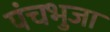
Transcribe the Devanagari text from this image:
पंचभुजा